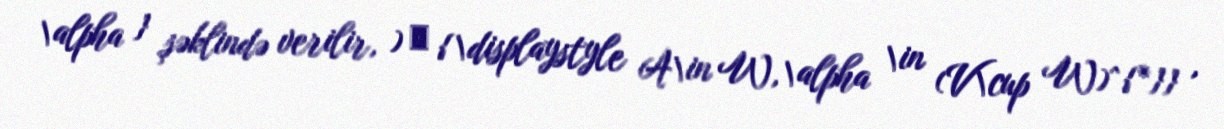
\alpha } şəklində verilir, ) ∗ {\displaystyle A\in W,\alpha \in (V\cup W)^{*}} ,